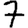
Digit: 7